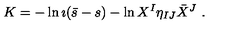
K = - \ln \imath ( \bar { s } - s ) - \ln { X ^ { I } \eta _ { I J } \bar { X } ^ { J } } \ .